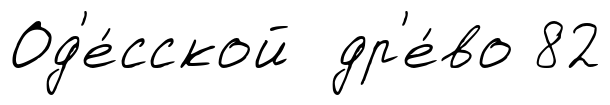
Од'е́сской др'е́во 82